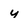
Character: y